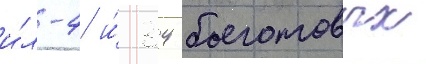
и́л-4 и́ 34 боеготовых